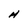
Character: H